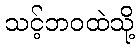
သင့်ဘဝထဲသို့